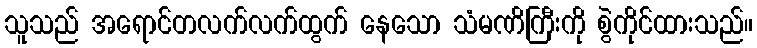
သူသည် အရောင်တလက်လက်ထွက် နေသော သံမဏိကြီးကို စွဲကိုင်ထားသည်။